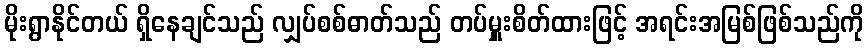
မိုးရွာနိုင်တယ် ရှိနေချင်သည် လျှပ်စစ်ဓာတ်သည် တပ်မှူးစိတ်ထားဖြင့် အရင်းအမြစ်ဖြစ်သည်ကို